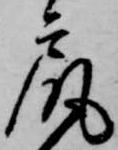
尻